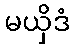
မယှိဒံ